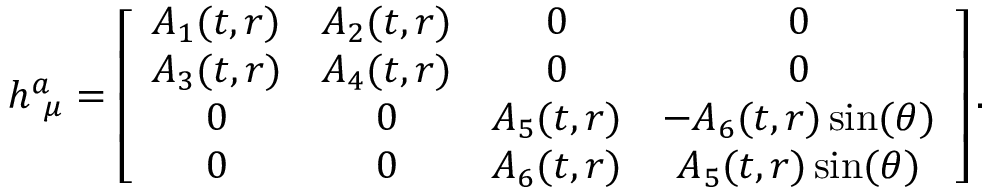
\begin{array} { r } { h _ { ~ \mu } ^ { a } = \left[ \begin{array} { c c c c } { A _ { 1 } ( t , r ) } & { A _ { 2 } ( t , r ) } & { 0 } & { 0 } \\ { A _ { 3 } ( t , r ) } & { A _ { 4 } ( t , r ) } & { 0 } & { 0 } \\ { 0 } & { 0 } & { A _ { 5 } ( t , r ) } & { - A _ { 6 } ( t , r ) \sin ( \theta ) } \\ { 0 } & { 0 } & { A _ { 6 } ( t , r ) } & { A _ { 5 } ( t , r ) \sin ( \theta ) } \end{array} \right] . } \end{array}